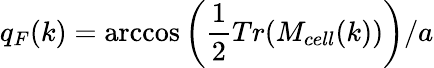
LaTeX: q_{F}(k)=\operatorname{arccos}\left(\frac{1}{2}Tr(M_{cell}(k))\right)/a